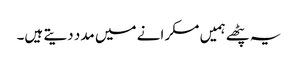
یہ پٹھے ہمیں مسکرانے میں مدد دیتے ہیں۔